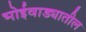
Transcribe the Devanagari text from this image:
भोईवाड्यातील